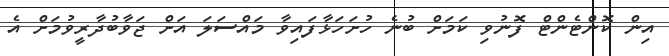
އިން ކޮންޓެންޓް ފޮނުވި ކަމަށް ބުނެ ހުށަހަޅާފައިވާ މައްސަލަ އަށް ޖަވާބުދާރީވުމަށް އެ